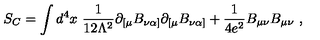
S _ { C } = \int d ^ { 4 } x \ { \frac { 1 } { 1 2 \Lambda ^ { 2 } } } \partial _ { [ \mu } B _ { \nu \alpha ] } \partial _ { [ \mu } B _ { \nu \alpha ] } + { \frac { 1 } { 4 e ^ { 2 } } } B _ { \mu \nu } B _ { \mu \nu } \ ,